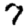
Digit: 7